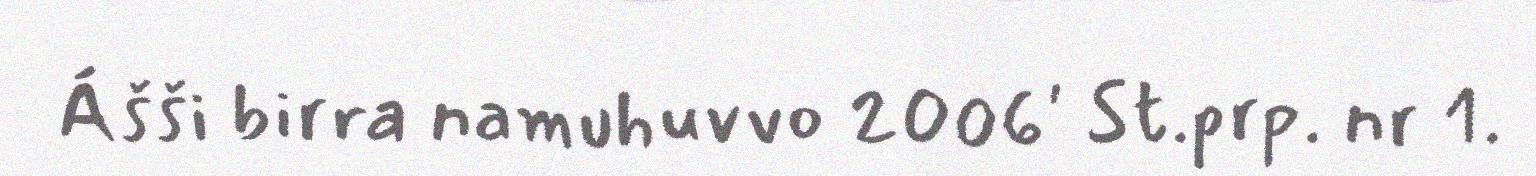
Ášši birra namuhuvvo 2006' St.prp. nr 1.